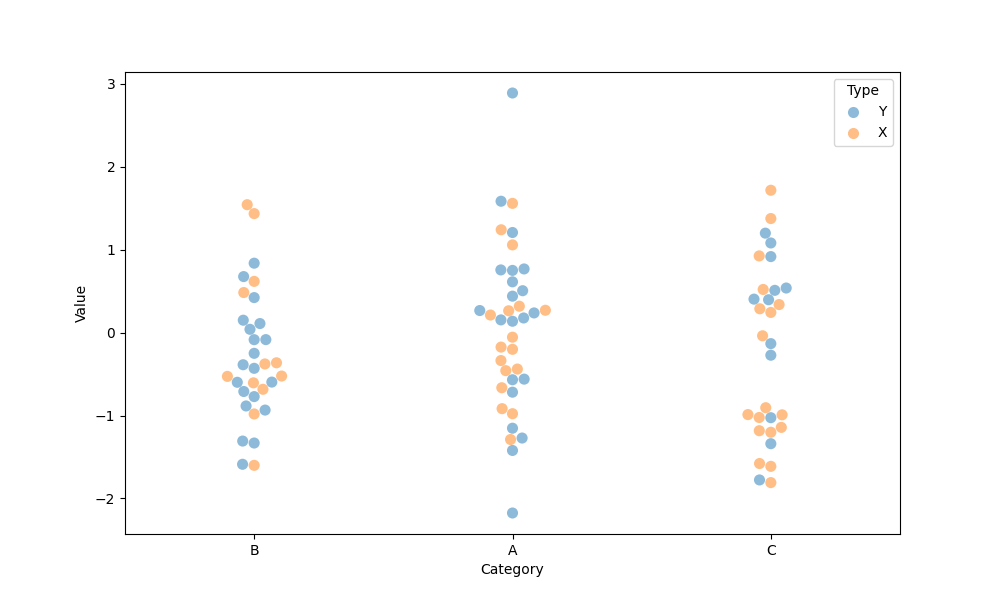
python, seaborn, swarmplot, dodge=False, alpha=0.5, size=8